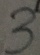
3